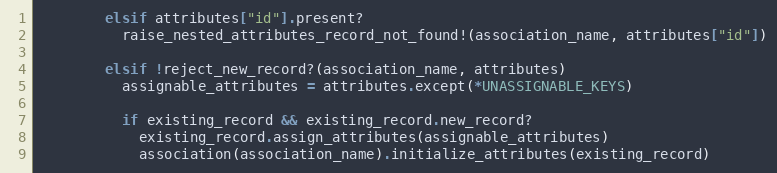
Language: Ruby
        elsif attributes["id"].present?
          raise_nested_attributes_record_not_found!(association_name, attributes["id"])

        elsif !reject_new_record?(association_name, attributes)
          assignable_attributes = attributes.except(*UNASSIGNABLE_KEYS)

          if existing_record && existing_record.new_record?
            existing_record.assign_attributes(assignable_attributes)
            association(association_name).initialize_attributes(existing_record)